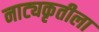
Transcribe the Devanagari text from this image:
नाट्यकृतीला